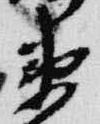
衛